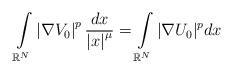
LaTeX: \begin{align*}\int\limits_{\mathbb{R}^{N}}\left\vert \nabla V_{0}\right\vert ^{p}\frac{dx}{\left\vert x\right\vert^{\mu}}=\int\limits_{\mathbb{R}^{N}}|\nabla U_{0}|^{p}dx\end{align*}